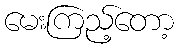
မေးကြည့်တော့